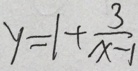
y = 1 + \frac { 3 } { x - 1 }